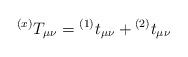
LaTeX: \begin{align*}{}^{(x)}T_{\mu \nu}={}^{(1)}t_{\mu \nu}+{}^{(2)}t_{\mu \nu}\end{align*}